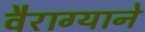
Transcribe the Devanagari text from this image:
वैराग्याने